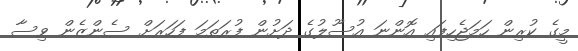
މީގެ ކުރިން ހަމަޖެހިފައި އޮންނަ އުސޫލުގެ ދަށުން ފުރަތަމަ ފަހަރަށް ސެންޒެން ވިސާ